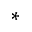
^ \ast